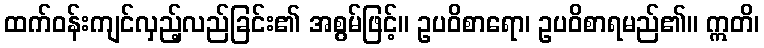
ထက်ဝန်းကျင်လှည့်လည်ခြင်း၏ အစွမ်ဖြင့်။ ဥပဝိစာရော၊ ဥပဝိစာရမည်၏။ ဣတိ၊